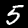
Digit: 5